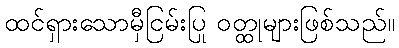
ထင်ရှားသောမှီငြမ်းပြု ဝတ္ထုများဖြစ်သည်။